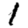
Digit: 1